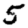
Digit: 5